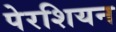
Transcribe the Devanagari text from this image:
पेरशियन